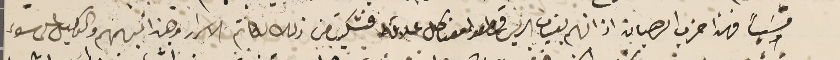
وسَياً فهذا خرب الرهبان اذا انهم بغياب الريس قطعو معنا كل علاقه كله فشكيت من ذلك لكاتم الاسرار وهذا انبههم والوكيل على سوء